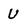
Character: U